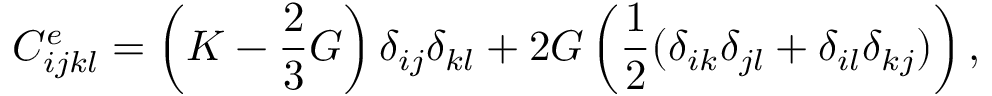
C _ { i j k l } ^ { e } = \left( K - \frac { 2 } { 3 } G \right) \delta _ { i j } \delta _ { k l } + 2 G \left( \frac { 1 } { 2 } ( \delta _ { i k } \delta _ { j l } + \delta _ { i l } \delta _ { k j } ) \right) ,